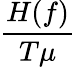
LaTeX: \frac{H(f)}{T\mu}